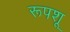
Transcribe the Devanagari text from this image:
रूपशू